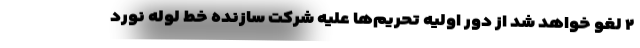
۲ لغو خواهد شد از دور اولیه تحریم‌ها علیه شرکت سازنده خط لوله نورد